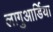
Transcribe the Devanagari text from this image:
लागुआर्डिया